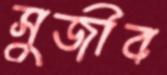
সুজীব